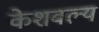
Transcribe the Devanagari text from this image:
केशवल्य